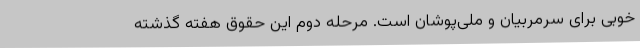
خوبی برای سرمربیان و ملی‌پوشان است. مرحله دوم این حقوق هفته گذشته